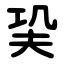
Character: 巬